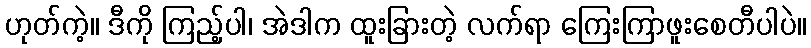
ဟုတ်ကဲ့။ ဒီကို ကြည့်ပါ၊ အဲဒါက ထူးခြားတဲ့ လက်ရာ ကြေးကြာဖူးစေတီပါပဲ။